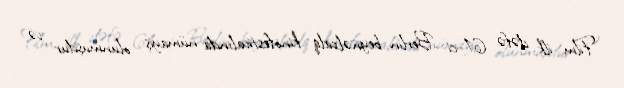
Film ilk dəfə 61-ci Berlin beynəlxalq kinofestivalında nümayiş olunmuşdur və